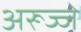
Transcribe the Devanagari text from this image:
अरूज्जे